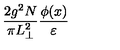
\frac { 2 g ^ { 2 } N } { \pi L _ { \perp } ^ { 2 } } \frac { \phi ( x ) } { \varepsilon }